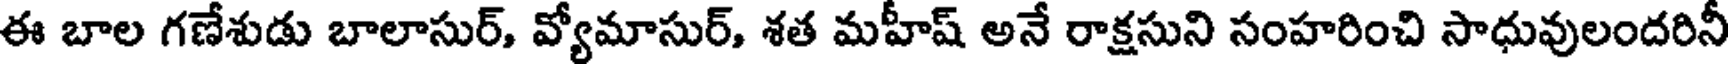
ఈ బాల గణేశుడు బాలాసుర్, వ్యోమాసుర్, శత మహీష్ అనే రాక్షసుని సంహరించి సాధువులందరినీ